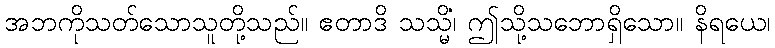
အဘကိုသတ်သောသူတို့သည်။ ဧတာဒိ သသ္မိံ၊ ဤသို့သဘောရှိသော။ နိရယေ၊